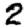
Digit: 2